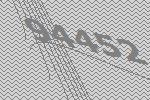
94452